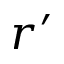
r ^ { \prime }